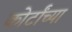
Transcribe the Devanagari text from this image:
कोर्टांच्या